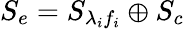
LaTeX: {{S}_{e}}={{S}_{{\lambda}_{i}{f}_{i}}}\oplus{{S_{c}}}